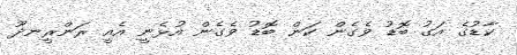
ކާޑުގެ އަގު ބޮޑު ވެގެން ކަން ބޮޑު ވެގެން އުޅެނީ އެއީ ރަންރީނދޫ